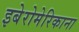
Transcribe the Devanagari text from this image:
इबेरोमेरिकाना